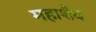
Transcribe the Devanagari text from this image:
महाशैव